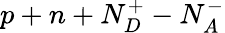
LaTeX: p+n+N_{D}^{+}-N_{A}^{-}